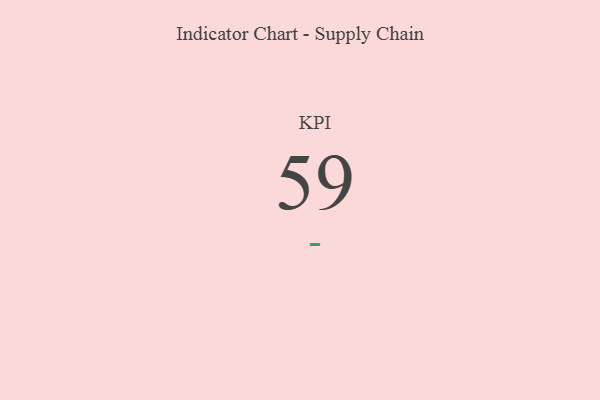
{"axis": {"x": "KPI", "y": "Value"}, "legend": [""], "data": [{"x": "KPI", "y": 59, "type": ""}]}